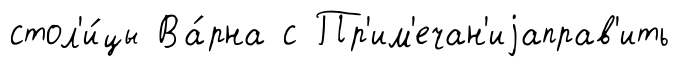
стол'и́цы Ва́рна с Пр'им'ечан'иjаправ'ить